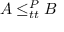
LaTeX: A \leq _ { t t } ^ { P } B